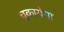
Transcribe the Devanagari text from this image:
चुकायेगा